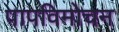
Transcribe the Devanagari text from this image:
पापविमोचन